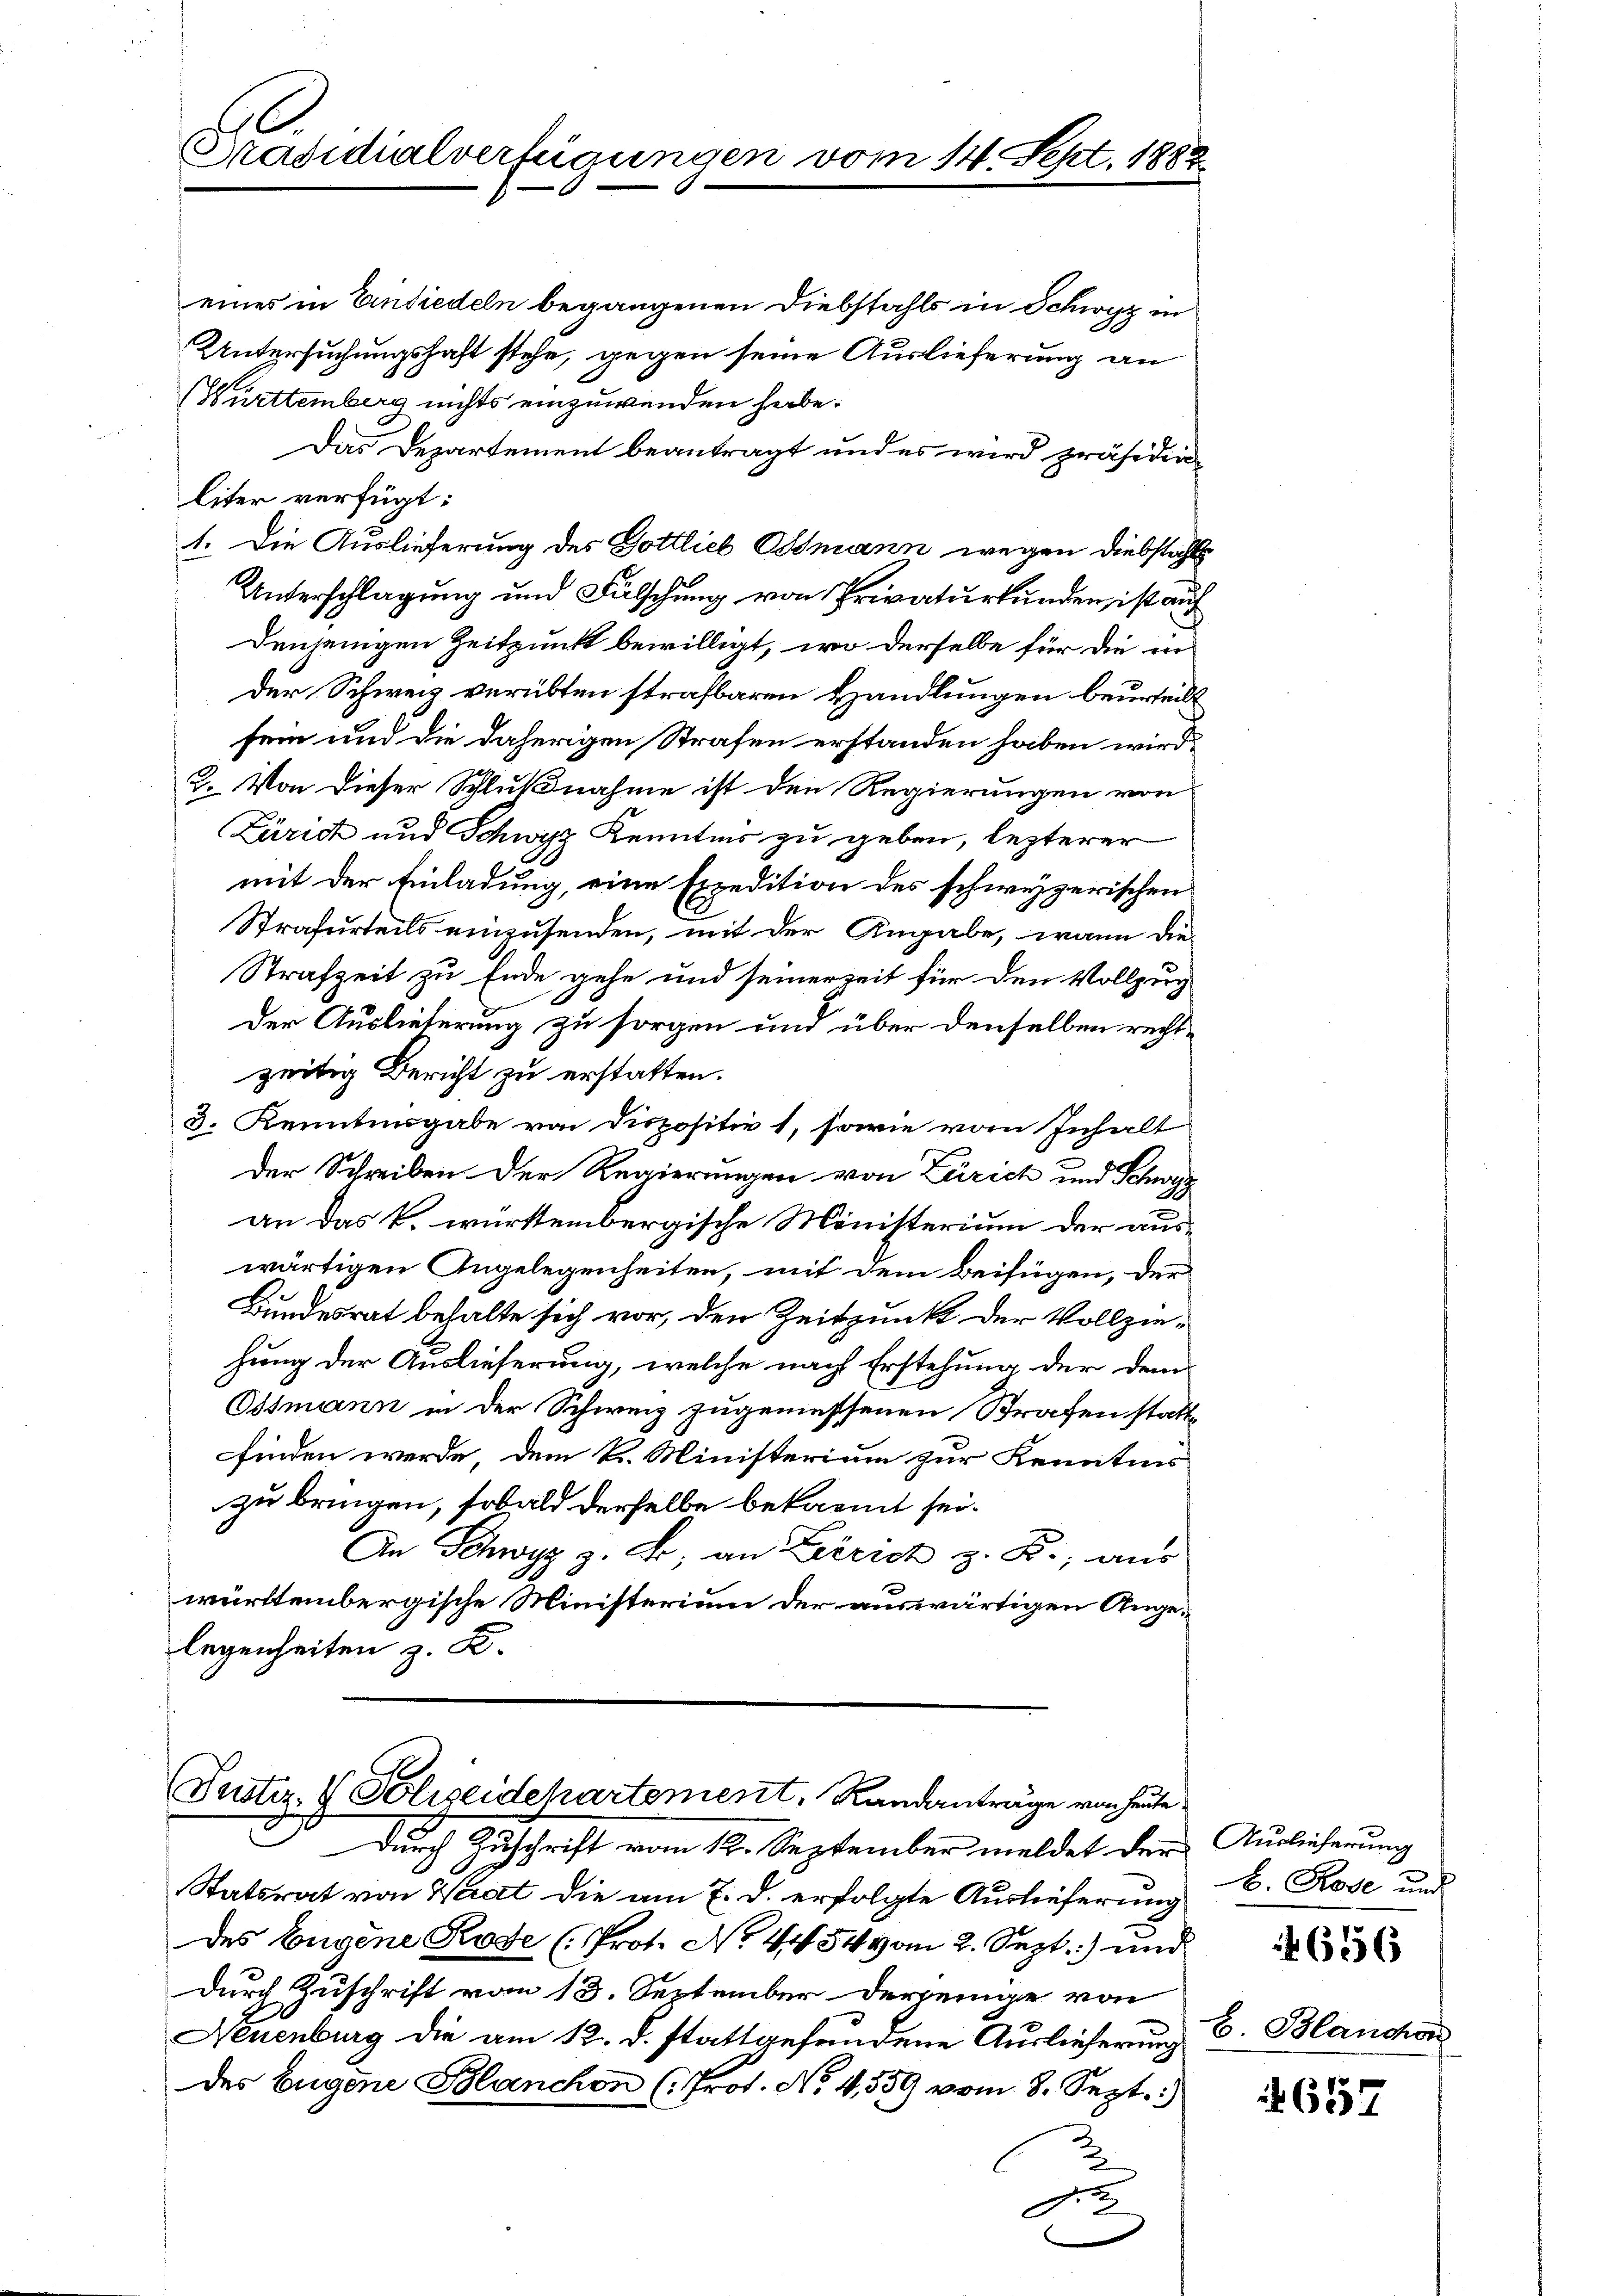
Präsidialverfügungen vom 14. Sept. 1882

eines in Einsiedeln begangenen Diebstahls in Schwyz in
Untersuchungshaft stehe, gegen seine Auslieferung an
(Württemberg nichts einzuwenden habe.
Das Departement beantragt und es wird präsidia
liter verfügt:
1. Die Auslieferung des Gottlieb Osmann wegen Diebstahls
Unterschlagung und Fälschung von Privaturkunden, ist auf
Denjenigen Zeitpunkt bewilligt, wo derselbe für die in
der Schweiz verübten strafbaren Handlungen beurteilt
sein und die daherigen Strafen erstanden haben wird.
2. Von dieser Schlußnahme ist den Regierungen von
Zürich und Schwyz Kenntnis zu geben, lezterer
mit der Einladung, eine Expedition des schwyzerischen
Strafurteils einzusenden, mit der Angabe, wann die
Strafzeit zu Ende gehe und seinerzeit für den Vollzug
Der Auslieferung zu sorgen und über denselben rechtzeitig Bericht zu erstatten.
3. Kenntingabe von Dispositiv 1, sowie vom Inhalt
Der Schreiben der Regierungen von Zürich und Schwyz
an das k. württembergische Ministerium der auswärtigen Angelegenheiten, mit dem Beifügen, der
Bundesrat behalte sich vor, den Zeitpunkt der Vollzie-
hung der Auslieferung, welche nach Erstehung der dem
Ostmann in der Schweiz zugemessenen Strafen stattfinden werde, dem k. Ministerium zur Kenntnis
zu bringen, sobald derselbe bekannt sei.
An Schwyz z. F. an Zürich z. B., aus
württembergische Ministerium der auswärtigen Angelegenheiten z. B.

Justiz- & Polizeidehartement, Randanträge von heute.

Durch Zuschrift vom 12. September meldet der Auslieferung
Statsrat von Waat die am 7. d. erfolgte Auslieferung
des Eugene Rose (Prot. No 44. 54 vom 2. Sept.) und
durch Zuschrift vom 13. September derjenige von
Neuenburg die am 12. d. stattgefundene Auslieferung
des Eugene Blanchen (Prot. No. 4559 vom 8. Sept.)
2

b. Rose und

656

B. Blancho

4657